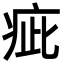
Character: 疵